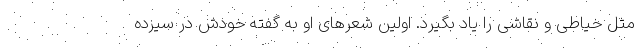
مثل خیاطی و نقاشی را یاد بگیرد. اولین شعرهای او به گفته خودش در سیزده